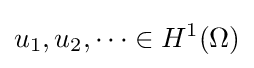
u_{1},u_{2},\dots \in H^{1}(\Omega )